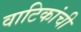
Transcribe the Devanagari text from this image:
वाटिकांची